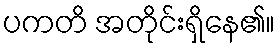
ပကတိ အတိုင်းရှိနေ၏။